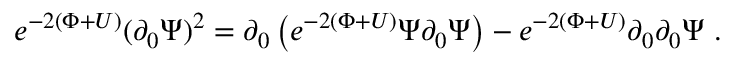
e ^ { - 2 \left( \Phi + U \right) } ( \partial _ { 0 } \Psi ) ^ { 2 } = \partial _ { 0 } \left( e ^ { - 2 \left( \Phi + U \right) } \Psi \partial _ { 0 } \Psi \right) - e ^ { - 2 \left( \Phi + U \right) } \partial _ { 0 } \partial _ { 0 } \Psi \ .